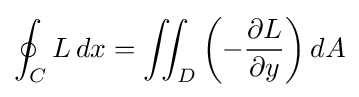
\oint _{C}L\,dx=\iint _{D}\left(-{\frac {\partial L}{\partial y}}\right)dA